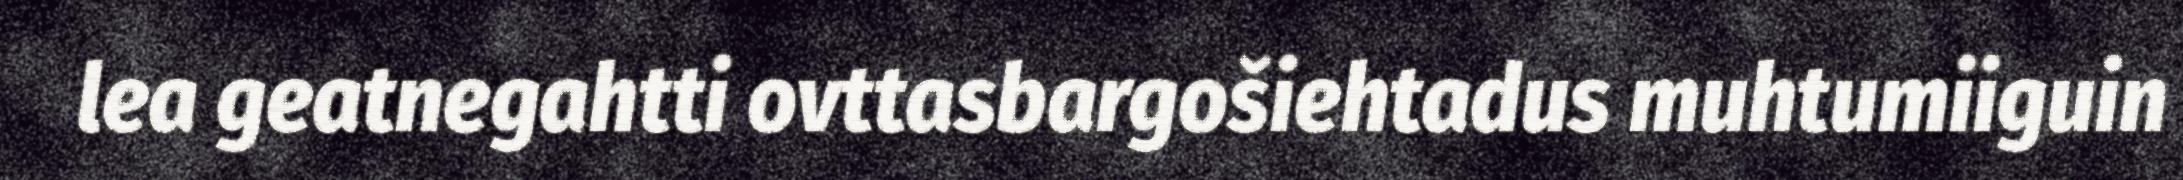
lea geatnegahtti ovttasbargošiehtadus muhtumiiguin